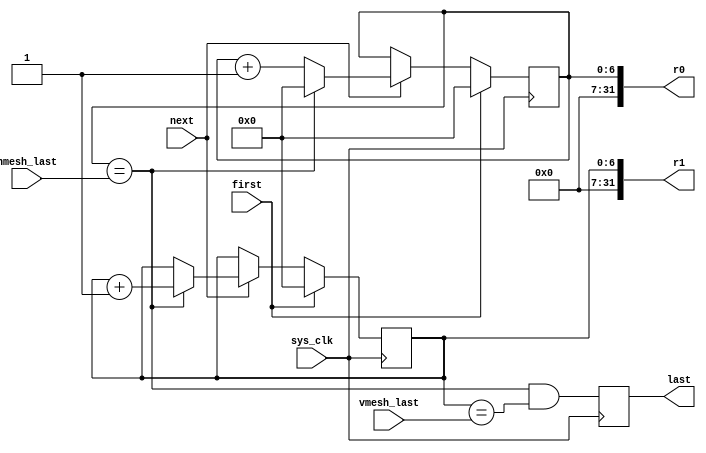
module pfpu_counters(
	input sys_clk,
	
	input first,
	input next,

	input [6:0] hmesh_last,
	input [6:0] vmesh_last,
	
	output [31:0] r0,
	output [31:0] r1,
	output reg last
);

reg [6:0] r0r;
assign r0 = {25'd0, r0r};
reg [6:0] r1r;
assign r1 = {25'd0, r1r};

always @(posedge sys_clk) begin
	if(first) begin
		r0r <= 7'd0;
		r1r <= 7'd0;
	end else if(next) begin
		if(r0r == hmesh_last) begin
			r0r <= 7'd0;
			r1r <= r1r + 7'd1;
		end else
			r0r <= r0r + 7'd1;
	end
end

/* Having some latency in the generation of "last"
 * is not a problem, because DMA is never immediately
 * triggered after "first" or "next" has been
 * asserted.
 */
always @(posedge sys_clk)
	last <= (r0r == hmesh_last) & (r1r == vmesh_last);

endmodule